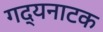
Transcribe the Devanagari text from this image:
गद्यनाटक